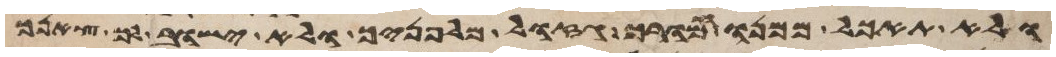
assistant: ולא תאכל ממנו חמורך גזול מלפניך ולא ישוב